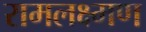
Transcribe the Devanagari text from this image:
रामलक्ष्मण